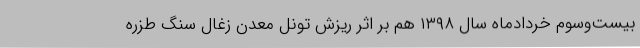
بیست‌وسوم خردادماه سال ۱۳۹۸ هم بر اثر ریزش تونل معدن زغال سنگ طزره